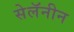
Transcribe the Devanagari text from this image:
सेलॅनीन